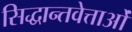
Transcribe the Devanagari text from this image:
सिद्धान्तवेत्ताओं